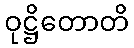
ဝုဋ္ဌိတောတိ